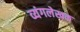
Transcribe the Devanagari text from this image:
व्यंगलेखक